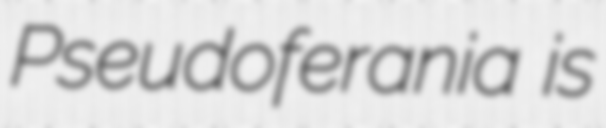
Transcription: Pseudoferania is